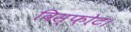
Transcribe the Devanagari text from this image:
विस्फ़ोट।